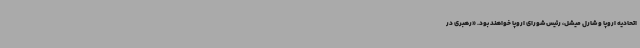
اتحادیه اروپا و شارل میشل، رئیس شورای اروپا خواهند بود. «رهبری در